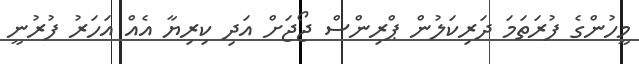
މީހުންގެ ފުރަތަމަ ދަރިކަލުން ޕްރިންސް ޖޯޖަށް އަދި ކިރިޔާ އެއް އަހަރު ފުރުނީ